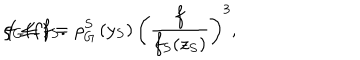
\rho _ { G } ( f ) = \rho _ { G } ^ { S } \left( y _ { S } \right) \left( \frac { f } { f _ { S } ( z _ { S } ) } \right) ^ { 3 } , \hspace { 0 . 5 i n } f \le f _ { S } .